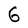
Character: 6